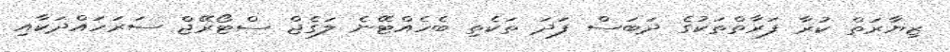
ޒިޔާރަތް ކުރާ ފަރާތްތަކުގެ ދަބަސް ފަދަ ތަކެތި ބެހެއްޓޭނެ ލަގެޖް ސްޓޯރޭޖް ސަރަހައްދަކާއި